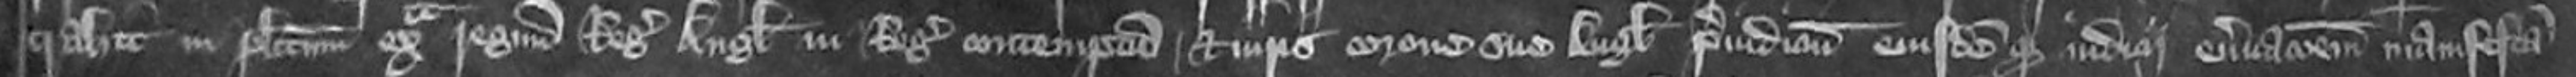
trahit in placitum extra regnum Regis Anglie in Regis contemptum et iuris corone sue Anglie preiudicium eiusdem que iudicii enervationem manifestam